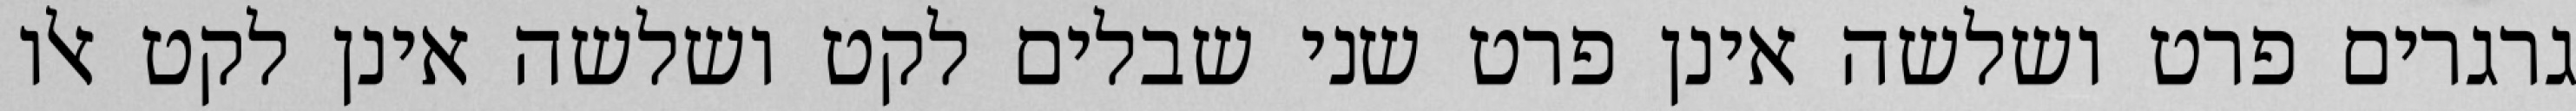
גרגרים פרט ושלשה אינן פרט שני שבלים לקט ושלשה אינן לקט אלו